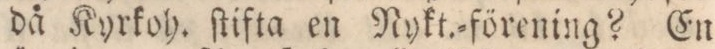
då Kyrkoh. ſtifta en Nykt.=förening? En